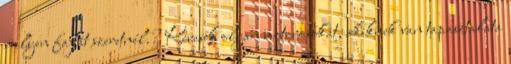
milyen fajtát szeretnél.? Keresek olyan motorosokat, akiknek van tapasztalata